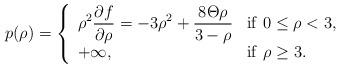
LaTeX: \begin{align*}p(\rho)=\left\{\begin{array}{llll} \displaystyle\rho^2\frac{\partial f}{\partial\rho}=-3\rho^2+\frac{8\Theta\rho}{3-\rho}& \mathrm{if}\ 0\leq\rho<3,\\ \displaystyle+\infty,& \mathrm{if}\ \rho\geq3. \end{array}\right.\end{align*}